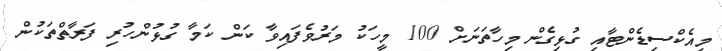
މިއެކްސިޑެންޓާއި ގުޅިގެން މިހާތަނަށް 100 މީހަކު މަރުވެފައިވާ ކަން ކަމާ ގުޅުންހުރި ފަރާތްތަކުން